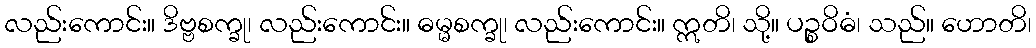
လည်းကောင်း။ ဒိဗ္ဗစက္ခု၊ လည်းကောင်း။ ဓမ္မစက္ခု၊ လည်းကောင်း။ ဣတိ၊ သို့။ ပဉ္စဝိဓံ၊ သည်။ ဟောတိ၊